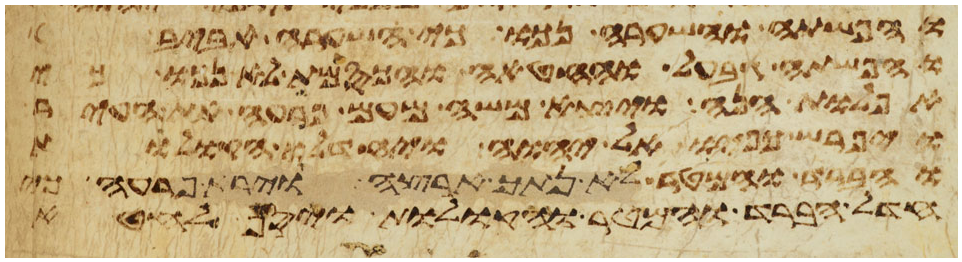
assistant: והפשתה והשערה נכו כי השערה אביב
והפשתה גבעל והחטה והכסמת לא נכו כי
אפלות הנה ויצא משה מעם פרעה את העיר
ויפרש כפיו אל יהוה ויחדלו הקולות
והברד והמטר לא נתך ארצה וירא פרעה כי
חדל הברד והמטר והקולות ויסף לחטא